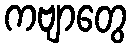
ကဗျာတွေ